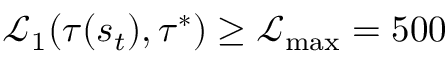
\mathcal { L } _ { 1 } ( \tau ( s _ { t } ) , \tau ^ { * } ) \geq \mathcal L _ { \operatorname* { m a x } } = 5 0 0